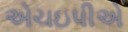
એચઇપીએ